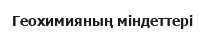
Геохимияның міндеттері